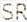
SR